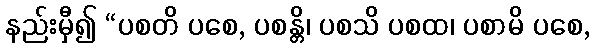
နည်းမှီ၍ “ပစတိ ပစေ, ပစန္တိ၊ ပစသိ ပစထ၊ ပစာမိ ပစေ,